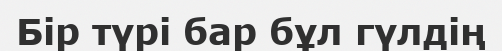
Бір түрі бар бұл гүлдің